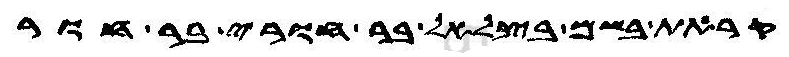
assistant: קראת בשם בצלאל בר חורי בר חור